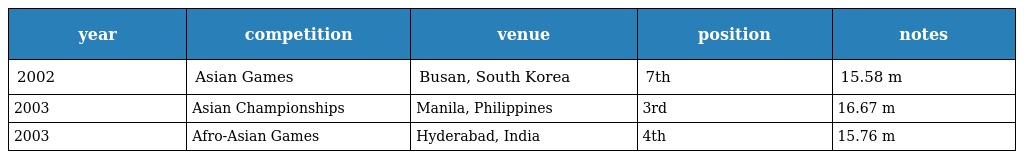
| year | competition | venue | position | notes |
 | --- | --- | --- | --- | --- |
 | 2002 | Asian Games | Busan, South Korea | 7th | 15.58 m |
 | 2003 | Asian Championships | Manila, Philippines | 3rd | 16.67 m |
 | 2003 | Afro-Asian Games | Hyderabad, India | 4th | 15.76 m |